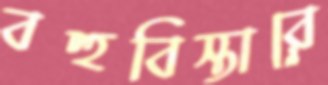
বহুবিস্তারে